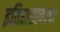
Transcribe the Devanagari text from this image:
इतिहासावरचा